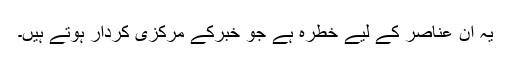
یہ ان عناصر کے لیے خطرہ ہے جو خبرکے مرکزی کردار ہوتے ہیں۔